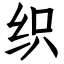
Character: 织